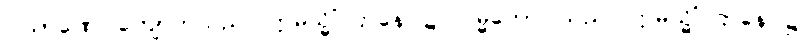
ပါသာဏေ၊ ကျောက်သည်။ ဣမသ္မိံ ဌာနေ၊ ၌။ ဝမ္မိကော၊ သည်။ ဣမသ္မိံ ဌာနေ၊ ၌။